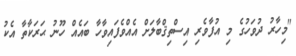
"މިހާރު ދުވަހުގެ މި އުފާވެރި އިސްތިޤްބާލަށް އެއްވެފައިވާހާ ބައެއް ހޫނު ޙަރަކާތާ އެކު